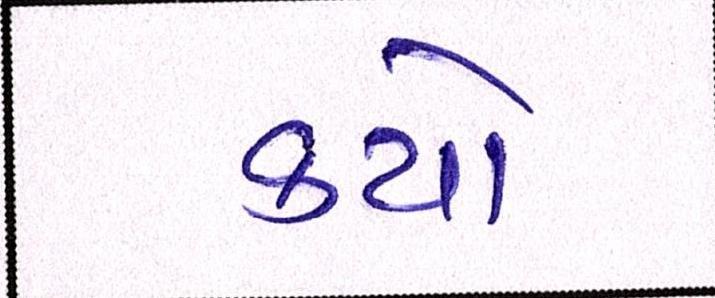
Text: કયો